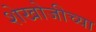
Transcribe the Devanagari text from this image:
शेखोजीच्या